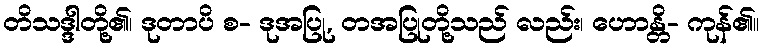
တိသဒ္ဒါတို့၏၊ ဒုတာပိ စ- ဒုအပြု, တအပြုတို့သည် လည်း၊ ဟောန္တိ- ကုန်၏။